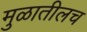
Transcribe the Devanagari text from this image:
मुळातीलच